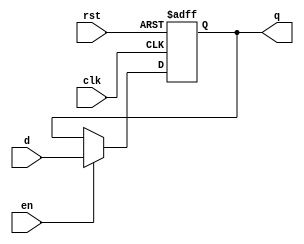
module BarrierRegister (
    input wire       clk,      // Clock signal
    input wire       rst,      // Asynchronous reset signal
    input wire       en,       // Enable signal
    input wire [7:0] d,        // Data input (8-bit for example)
    output reg [7:0] q         // Data output (8-bit for example)
);

    // Asynchronous reset and capture operation
    always @(posedge clk or posedge rst) begin
        if (rst) begin
            q <= 8'b0;           // Reset output to zero
        end else if (en) begin
            q <= d;              // Capture data on enable
        end
        // If enable is low, output (q) remains unchanged
    end

endmodule